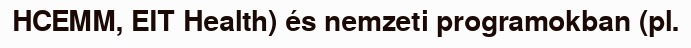
HCEMM, EIT Health) és nemzeti programokban (pl.